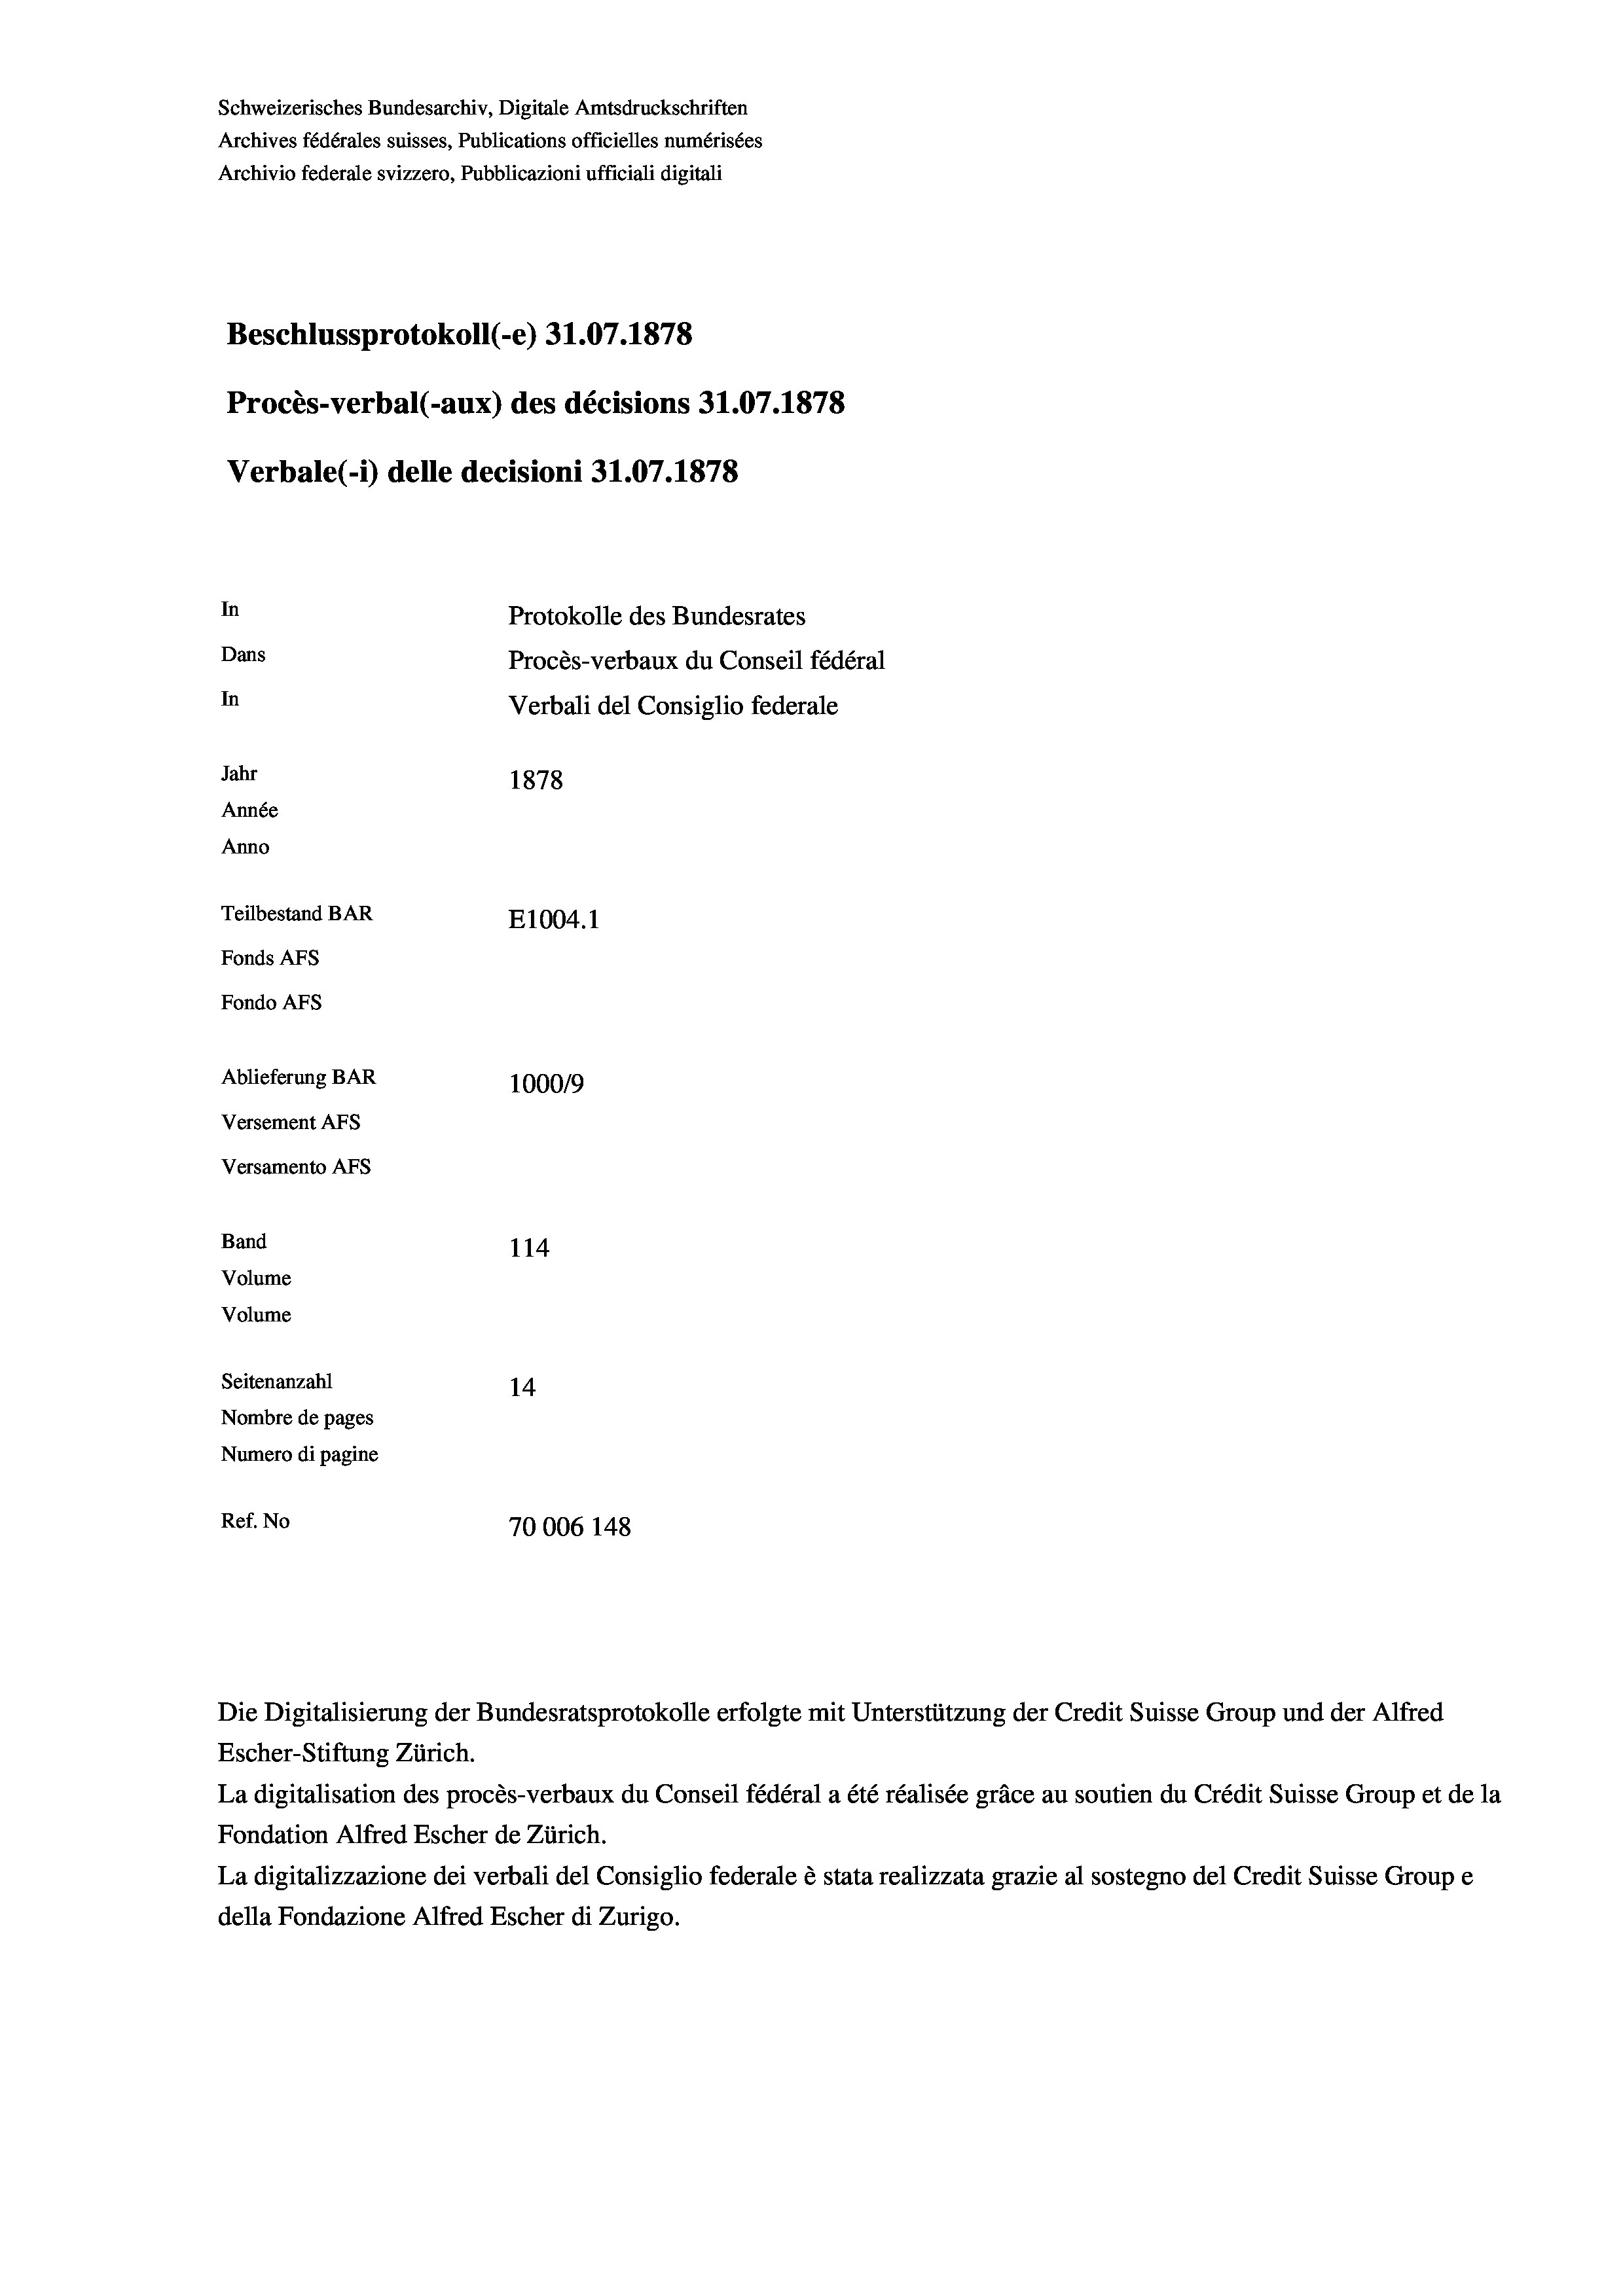
Schweizerisches Bundesarchiv, Digitale Amtsdruckschriften
Archives fédérales suisses, Publications officielles numérisées
Archivio federale svizzero, Pubblicazioni ufficiali digitali
Beschlussprotokoll (-e) 31.07. 1878
Procès-verbal (-aux) des décisions 31.07.1878
Verbale(-*) delle decisioni 31.07. 1878
In
Protokolle des Bundesrates
Dans
Procès-verbaux du Conseil fédéral
In
Verbali del Consiglio federale
Jahr
1878
Année
Anno
Teilbestand BAR
E1004.1
Fonds Afs
Fondo AFs
Ablieferung BAR
100019
Versement AFS
Versamento Afs
Band
114
Volume
Volume

Seitenanzahl
14
Nombre de pages
Numero di pagine
Ref. No
70006 148

Escher-Stiftung Zürich.
La digitalisation des procès-verbaux du Conseil fédéral a été réalisée gräce au soutien du Crédit Suisse Group et de la
Fondation Alfred Escher de Zürich.
La digitalizzazione dei verbali del Consiglio federale è stata realizzata grazie al sostegno del Credit Suisse Groupe
della Fondazione Alfred Escher di Zurigo.

Die Digitalisierung der Bundesratsprotokolle erfolgte mit Unterstützung der Credit Suisse Group und der Alfred